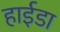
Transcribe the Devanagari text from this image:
हाईडा